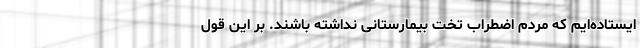
ایستاده‌ایم که مردم اضطراب تخت بیمارستانی نداشته باشند. بر این قول